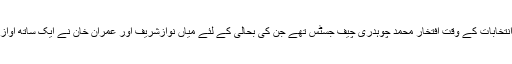
2013کے انتخابات کے وقت افتخار محمد چوہدری چیف جسٹس تھے جن کی بحالی کے لئے میاں نوازشریف اور عمران خان نے ایک ساتھ آواز اٹھائی تھی۔